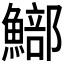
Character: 𩻗